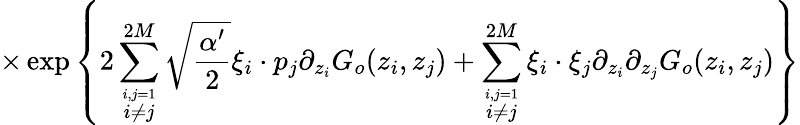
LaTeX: \times\exp\left\{ \displaystyle 2\sum_{\stackrel{i,j=1}{i\neq j}}^{2M}\sqrt{\displaystyle\frac{\alpha^{\prime}}{2}}\xi_{i}\cdot p_{j}\partial_{z_{i}}G_{o}(z_{i},z_{j})+\displaystyle\sum_{\stackrel{i,j=1}{i\neq j}}^{2M}\xi_{i}\cdot\xi_{j}\partial_{z_{i}}\partial_{z_{j}}G_{o}(z_{i},z_{j})\right\}